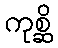
ကုစ္ဆိ